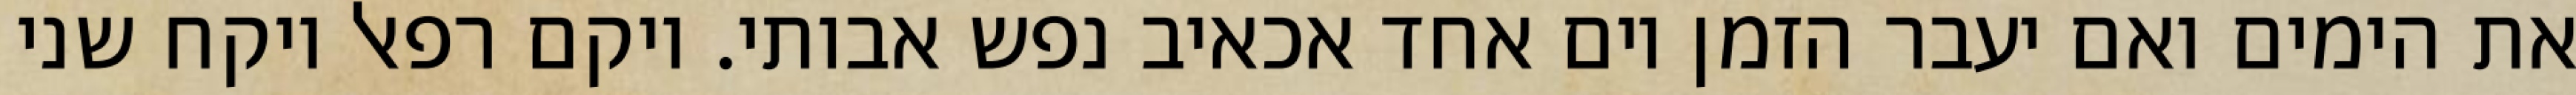
את הימים ואם יעבר הזמן יום אחד אכאיב נפש אבותי. ויקם רפאל ויקח שני